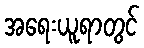
အရေးယူရာတွင်